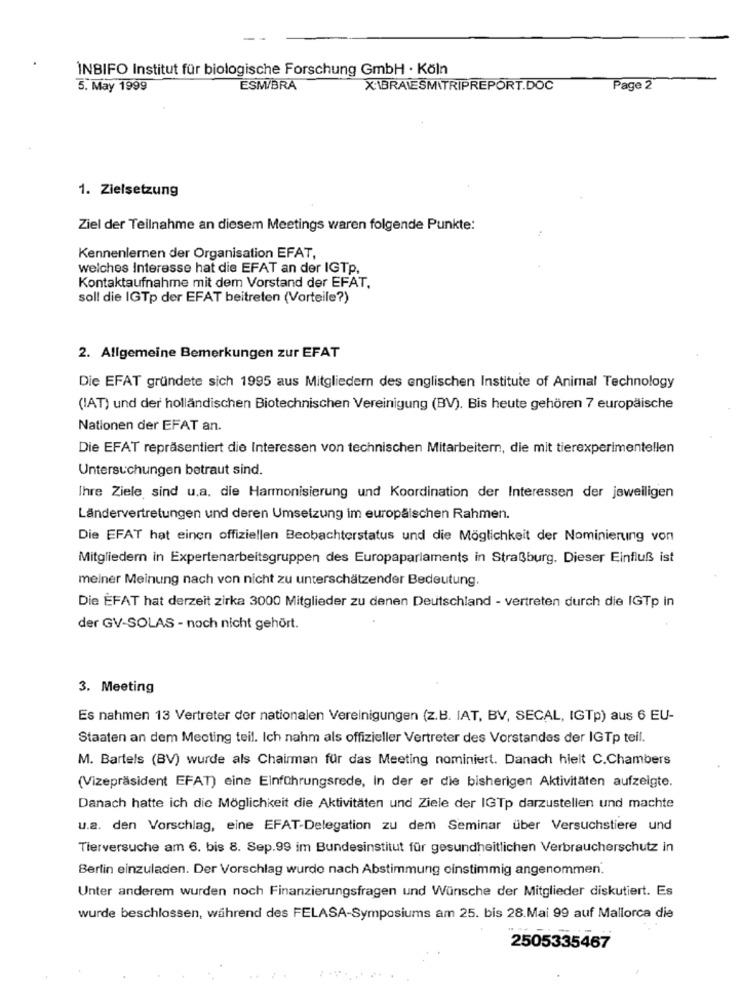
INBIFO Institut für biologische Forschung GmbH · Köln
5. May 1999
ESM/BRA
X1BRAIESM\TRIPREPORT.DOC
Page 2
1. Zielsetzung
Ziel der Teilnahme an diesem Meetings waren folgende Punkte:
..
Kennenlernen der Organisation EFAT,
welches Interesse hat die EFAT an der IGTp.
Kontaktaufnahme mit dem Vorstand der EFAT.
soll die IGTp der EFAT beitreten (Vorteile?)
2. Allgemeine Bemerkungen zur EFAT
Die EFAT gründete sich 1995 aus Mitgliedern des englischen Institute of Animal Technology
(IAT) und der holländischen Biotechnischen Vereinigung (BV). Bis heute gehören 7 europäische
Nationen der EFAT an.
Die EFAT repräsentiert die Interessen von technischen Mitarbeitern, die mit tierexperimentellen
Untersuchungen betraut sind.
Ihre Ziele, sind u.a. die Harmonisierung und Koordination der Interessen der jeweiligen
Ländervertretungen und deren Umsetzung im europäischen Rahmen.
Die EFAT hat einen offiziellen Beobachterstatus und die Möglichkeit der Nominierung von
Mitgliedern in Expertenarbeitsgruppen des Europaparlaments in Straßburg. Dieser Einfluß ist
meiner Meinung nach von nicht zu unterschätzender Bedeutung.
Die EFAT hat derzeit zirka 3000 Mitglieder zu denen Deutschland - vertreten durch die IGTp in
der GV-SOLAS - noch nicht gehört.
3. Meeting
Es nahmen 13 Vertreter der nationalen Vereinigungen (z.B. IAT, BV, SECAL, IGTp) aus 6 EU-
Staaten an dem Meeting teil. Ich nahm als offizieller Vertreter des Vorstandes der IGTp teil.
M. Bartels (BV) wurde als Chairman für das Meeting nominiert. Danach hielt C.Chambers
(Vizepräsident EFAT) eine Einführungsrede, In der er die bisherigen Aktivitäten aufzeigte.
Danach hatte ich die Möglichkeit die Aktivitäten und Ziele der IGTp darzustellen und machte
u.a. den Vorschlag, eine EFAT-Delegation zu dem Seminar über Versuchstiere und
Tierversuche am 6. bis 8. Sep.99 im Bundesinstitut für gesundheitlichen Verbraucherschutz in
Berlin einzuladen. Der Vorschlag wurdo nach Abstimmung cinstimmig angenommen.
Unter anderem wurden noch Finanzierungsfragen und Wünsche der Mitglieder diskutiert. Es
wurde beschlossen, während des FELASA-Symposiums am 25. bis 28.Mai 99 auf Mallorca die
2505335467